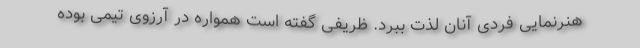
هنرنمایی فردی آنان لذت ببرد. ظریفی گفته است همواره در آرزوی تیمی بوده